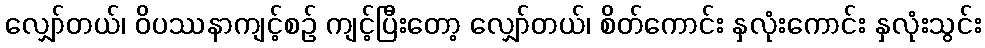
လျှော်တယ်၊ ဝိပဿနာကျင့်စဉ် ကျင့်ပြီးတော့ လျှော်တယ်၊ စိတ်ကောင်း နှလုံးကောင်း နှလုံးသွင်း